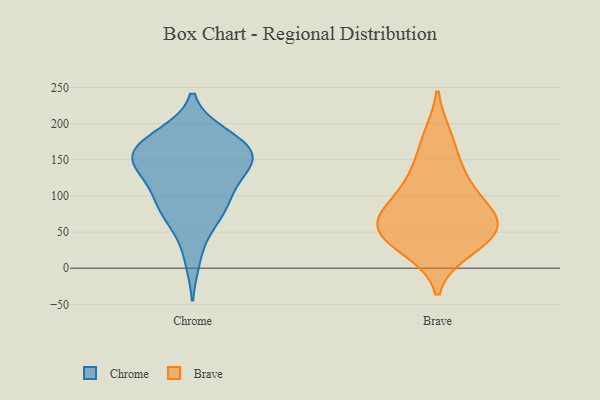
{"axis": {"x": "Conversion Rate (%)", "y": "Value"}, "legend": ["Brave", "Chrome"], "data": [{"x": "", "y": 156, "type": "Chrome"}, {"x": "", "y": 145, "type": "Chrome"}, {"x": "", "y": 158, "type": "Chrome"}, {"x": "", "y": 176, "type": "Chrome"}, {"x": "", "y": 70, "type": "Chrome"}, {"x": "", "y": 94, "type": "Chrome"}, {"x": "", "y": 112, "type": "Chrome"}, {"x": "", "y": 76, "type": "Chrome"}, {"x": "", "y": 186, "type": "Chrome"}, {"x": "", "y": 176, "type": "Chrome"}, {"x": "", "y": 95, "type": "Chrome"}, {"x": "", "y": 56, "type": "Chrome"}, {"x": "", "y": 143, "type": "Chrome"}, {"x": "", "y": 152, "type": "Chrome"}, {"x": "", "y": 141, "type": "Chrome"}, {"x": "", "y": 161, "type": "Chrome"}, {"x": "", "y": 141, "type": "Chrome"}, {"x": "", "y": 11, "type": "Chrome"}, {"x": "", "y": 107, "type": "Chrome"}, {"x": "", "y": 186, "type": "Chrome"}, {"x": "", "y": 66, "type": "Brave"}, {"x": "", "y": 114, "type": "Brave"}, {"x": "", "y": 70, "type": "Brave"}, {"x": "", "y": 37, "type": "Brave"}, {"x": "", "y": 91, "type": "Brave"}, {"x": "", "y": 26, "type": "Brave"}, {"x": "", "y": 51, "type": "Brave"}, {"x": "", "y": 182, "type": "Brave"}, {"x": "", "y": 140, "type": "Brave"}, {"x": "", "y": 59, "type": "Brave"}]}